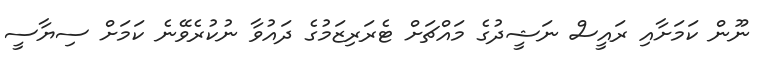
ނޫން ކަމަށާއި ރައީސް ނަޝީދުގެ މައްޗަށް ޓެރަރިޒަމުގެ ދައުވާ ނުކުރެވޭނެ ކަމަށް ސިޔާސީ